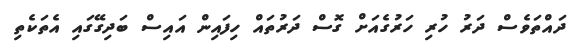
ދައްތަވެސް ދަރު ހުރި ހަރުގެއަށް ގޮސް ދަރުތައް ހިފައިން އައިސް ބަދިގޭގައި އެތަކެތި